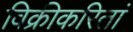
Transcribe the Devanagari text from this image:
विक्रीकरितां